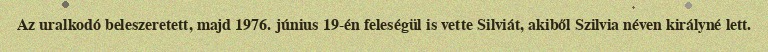
Az uralkodó beleszeretett, majd 1976. június 19-én feleségül is vette Silviát, akiből Szilvia néven királyné lett.